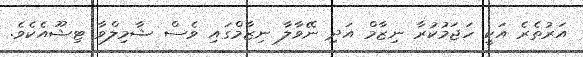
އަރުތެރެ އަކީ ހަޖަމުކުރާ ނިޒާމް އަދި ނޭވާލާ ނިޒާމްގައި ވެސް ޝާމިލްވާ ޓިޝޫއެކެވެ.